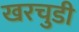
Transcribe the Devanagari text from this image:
खरचुडी